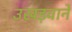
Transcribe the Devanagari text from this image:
उखड़वाने